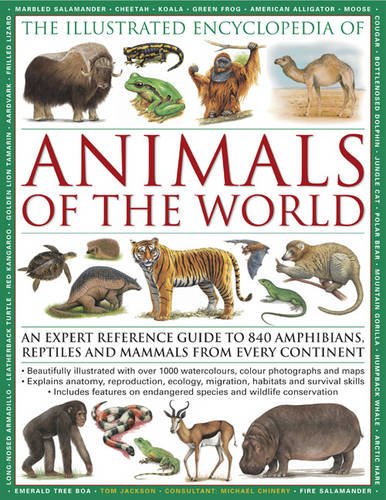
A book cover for The Illustrated Encyclopedia of Animals of the World: An expert reference guide to 840 amphibians, reptiles and mammals from every continent; Tom Jackson; Reference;